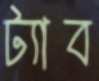
ট্যাব